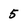
Character: 5